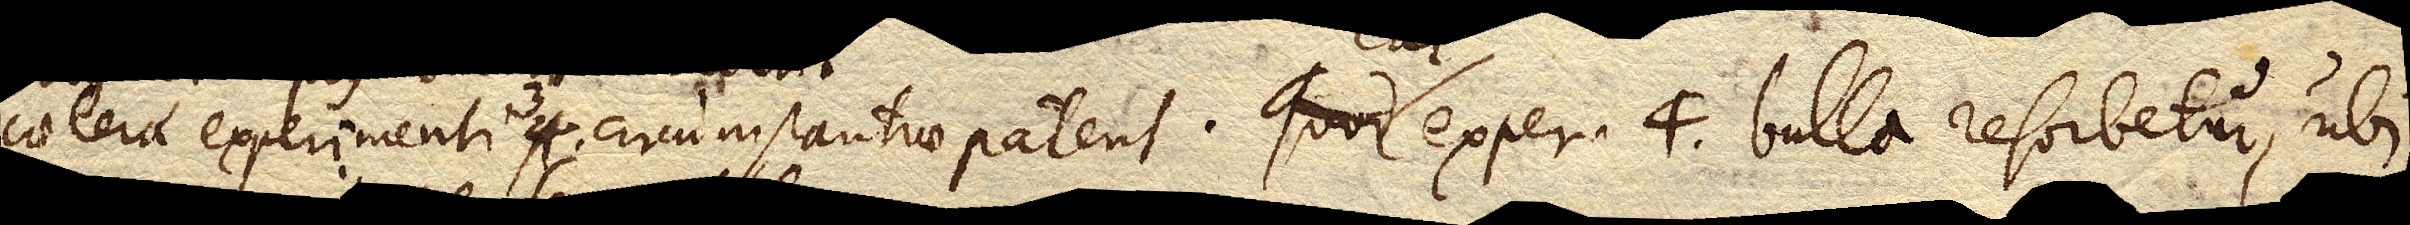
caeterae experimenti 3. circumstantiae patent. Cui exper. 4. bulla resorbetur, ubi